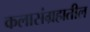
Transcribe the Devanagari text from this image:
कलासंग्रहातील